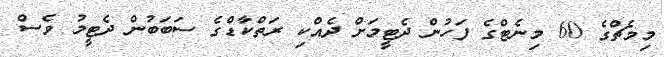
މިމެޗްގެ 60 މިނެޓްގެ ފަހުން ދެޓީމަށް ދެއްކި ރަތްކާޑްގެ ސަބަބުން ދެޓީމު ވެސް